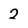
Character: 2